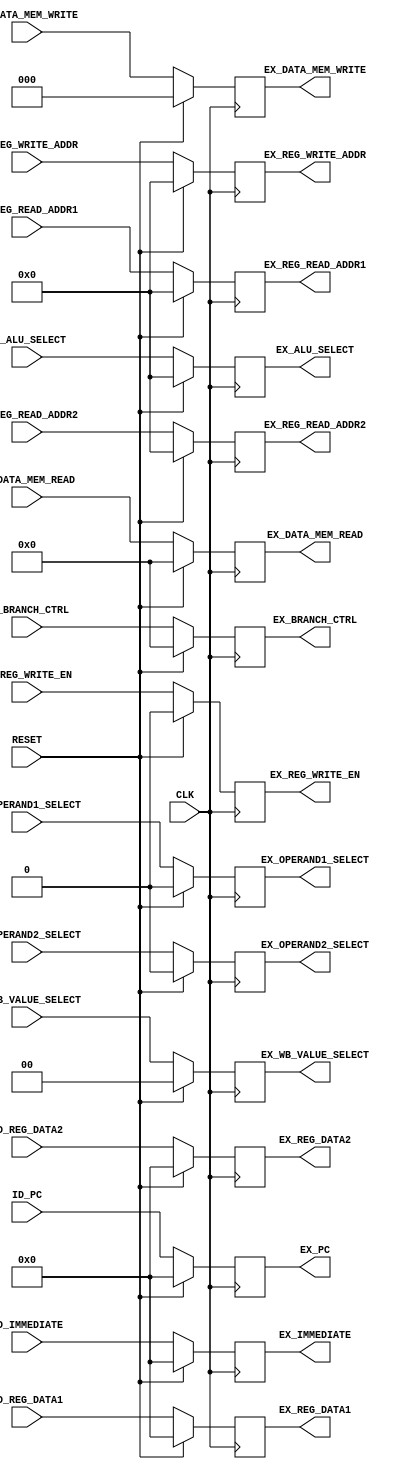
/*******************************/
/*  RV32IM Pipeline - Group 1  */
/*  Pipeline Register (ID/EX)  */
/*******************************/

`timescale 1ns/100ps


module pr_id_ex (
    CLK, RESET, 

    ID_PC, ID_REG_DATA1, ID_REG_DATA2, ID_IMMEDIATE,
    ID_REG_WRITE_ADDR, ID_REG_READ_ADDR1, ID_REG_READ_ADDR2,
    ID_ALU_SELECT, ID_OPERAND1_SELECT, ID_OPERAND2_SELECT,
    ID_REG_WRITE_EN, ID_DATA_MEM_WRITE, ID_DATA_MEM_READ, 
    ID_BRANCH_CTRL, ID_WB_VALUE_SELECT,

    EX_PC, EX_REG_DATA1, EX_REG_DATA2, EX_IMMEDIATE,
    EX_REG_WRITE_ADDR, EX_REG_READ_ADDR1, EX_REG_READ_ADDR2,
    EX_ALU_SELECT, EX_OPERAND1_SELECT, EX_OPERAND2_SELECT,
    EX_REG_WRITE_EN, EX_DATA_MEM_WRITE, EX_DATA_MEM_READ,
    EX_BRANCH_CTRL, EX_WB_VALUE_SELECT
);

    input CLK, RESET;

    input [31:0] ID_PC, ID_REG_DATA1, ID_REG_DATA2, ID_IMMEDIATE;
    input [4:0] ID_REG_WRITE_ADDR, ID_REG_READ_ADDR1, ID_REG_READ_ADDR2;
    input ID_REG_WRITE_EN, ID_OPERAND1_SELECT, ID_OPERAND2_SELECT;
    input [4:0] ID_ALU_SELECT;
    input [3:0] ID_DATA_MEM_READ, ID_BRANCH_CTRL;
    input [2:0] ID_DATA_MEM_WRITE;
    input [1:0] ID_WB_VALUE_SELECT;

    output reg [31:0] EX_PC, EX_REG_DATA1, EX_REG_DATA2, EX_IMMEDIATE;
    output reg [4:0] EX_REG_WRITE_ADDR, EX_REG_READ_ADDR1, EX_REG_READ_ADDR2;
    output reg EX_REG_WRITE_EN, EX_OPERAND1_SELECT, EX_OPERAND2_SELECT;
    output reg [4:0] EX_ALU_SELECT;
    output reg [3:0] EX_DATA_MEM_READ, EX_BRANCH_CTRL;
    output reg [2:0] EX_DATA_MEM_WRITE;
    output reg [1:0] EX_WB_VALUE_SELECT;

    always @ (posedge CLK)
    begin
        if (RESET == 1'b1)
        begin
            EX_PC <= #0.1 32'd0;
            EX_REG_DATA1 <= #0.1 32'd0;
            EX_REG_DATA2 <= #0.1 32'd0;
            EX_IMMEDIATE <= #0.1 32'd0;
            EX_REG_WRITE_ADDR <= #0.1 4'd0;
            EX_REG_READ_ADDR1 <= #0.1 4'd0;
            EX_REG_READ_ADDR2 <= #0.1 4'd0;
            EX_ALU_SELECT <= #0.1 5'd0;
            EX_OPERAND1_SELECT <= #0.1 1'd0;
            EX_OPERAND2_SELECT <= #0.1 1'd0;
            EX_REG_WRITE_EN <= #0.1 1'd0;
            EX_DATA_MEM_WRITE <= #0.1 3'd0;
            EX_DATA_MEM_READ <= #0.1 4'd0;
            EX_BRANCH_CTRL <= #0.1 4'd0;
            EX_WB_VALUE_SELECT <= #0.1 2'd0;
        end
        else
        begin
            EX_PC <= #0.1 ID_PC;
            EX_REG_DATA1 <= #0.1 ID_REG_DATA1;
            EX_REG_DATA2 <= #0.1 ID_REG_DATA2;
            EX_IMMEDIATE <= #0.1 ID_IMMEDIATE;
            EX_REG_WRITE_ADDR <= #0.1 ID_REG_WRITE_ADDR;
            EX_REG_READ_ADDR1 <= #0.1 ID_REG_READ_ADDR1;
            EX_REG_READ_ADDR2 <= #0.1 ID_REG_READ_ADDR2;
            EX_ALU_SELECT <= #0.1 ID_ALU_SELECT;
            EX_OPERAND1_SELECT <= #0.1 ID_OPERAND1_SELECT;
            EX_OPERAND2_SELECT <= #0.1 ID_OPERAND2_SELECT;
            EX_REG_WRITE_EN <= #0.1 ID_REG_WRITE_EN;
            EX_DATA_MEM_WRITE <= #0.1 ID_DATA_MEM_WRITE;
            EX_DATA_MEM_READ <= #0.1 ID_DATA_MEM_READ;
            EX_BRANCH_CTRL <= #0.1 ID_BRANCH_CTRL;
            EX_WB_VALUE_SELECT <= #0.1 ID_WB_VALUE_SELECT;
        end
    end
    
endmodule